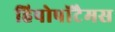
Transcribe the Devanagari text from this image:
हिपोपॉटैमस